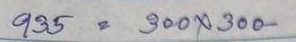
935 = 300 x 300-